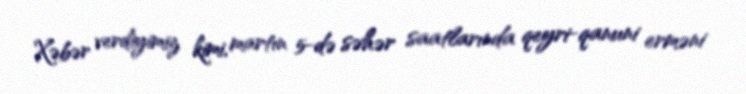
Xəbər verdiyimiz kimi, martın 5-də səhər saatlarında qeyri-qanuni erməni